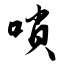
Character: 唢